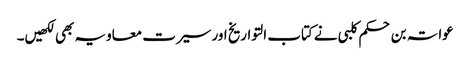
عواتہ بن حکم کلبی نے کتاب التواریخ اور سیرت معاویہ بھی لکھیں۔